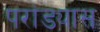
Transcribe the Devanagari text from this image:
परांड्यास